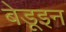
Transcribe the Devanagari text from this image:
बेडूइन